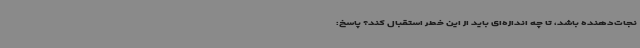
نجات‌دهنده باشد، تا چه اندازه‌ای باید از این خطر استقبال کند؟ پاسخ: